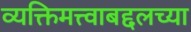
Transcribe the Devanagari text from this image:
व्यक्तिमत्त्वाबद्दलच्या